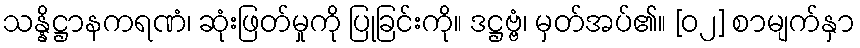
သန္နိဋ္ဌာနကရဏံ၊ ဆုံးဖြတ်မှုကို ပြုခြင်းကို။ ဒဋ္ဌဗ္ဗံ၊ မှတ်အပ်၏။ [၀၂] စာမျက်နှာ